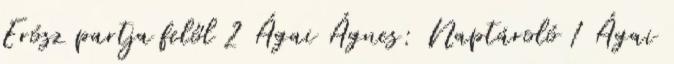
Erósz partja felől 2 Ágai Ágnes: Naptároló 1 Ágai